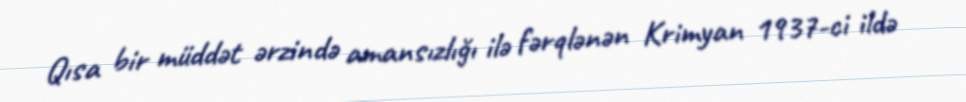
Qısa bir müddət ərzində amansızlığı ilə fərqlənən Krimyan 1937-ci ildə